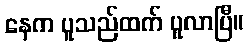
နေက ပူသည်ထက် ပူလာပြီ။